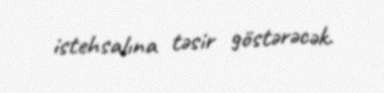
istehsalına təsir göstərəcək.